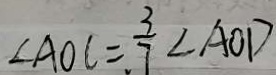
\angle A O C = \frac { 3 } { 7 } \angle A O D